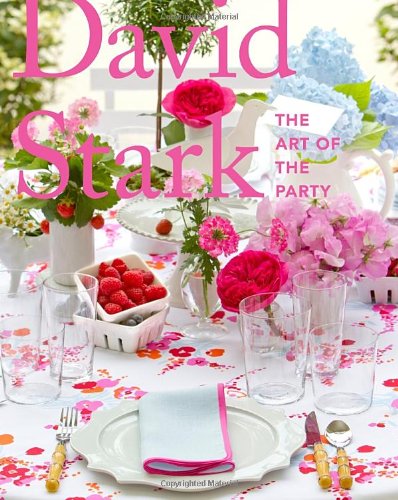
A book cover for David Stark: The Art of the Party; David Stark; Cookbooks, Food & Wine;